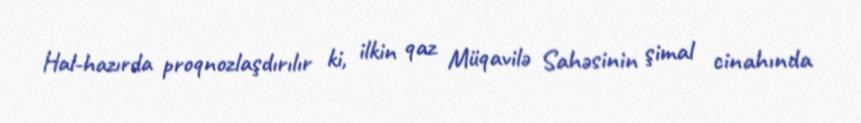
Hal-hazırda proqnozlaşdırılır ki, ilkin qaz Müqavilə Sahəsinin şimal cinahında